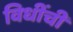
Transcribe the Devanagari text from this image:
विधींची